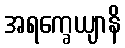
အရက္ခေယျာနိ